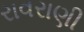
રાવરાણી